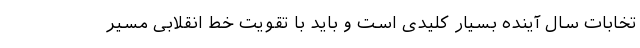
تخابات سال آینده بسیار کلیدی است و باید با تقویت خط انقلابی مسیر